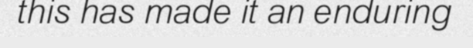
this has made it an enduring